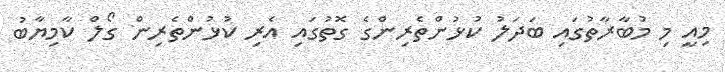
މިއީ މި މުބާރާތުގައި ބަދަލު ކުޅުންތެރިންގެ ގޮތުގައި އެރި ކުޅުންތެރިން ގޯލް ކާމިޔާބު